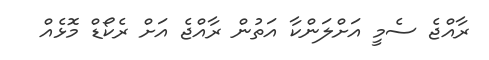
ރާއްޖެ ސެމީ އަށްލަންކާ އަތުން ރާއްޖެ އަށް ރެކޯޑް މޮޅެއް